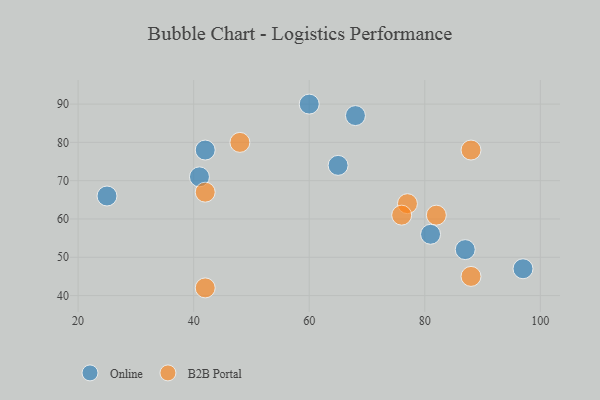
{"axis": {"x": "GDP", "y": "Life Expectancy"}, "legend": ["B2B Portal", "Online"], "data": [{"x": "65", "y": 74, "type": "Online"}, {"x": "87", "y": 52, "type": "Online"}, {"x": "25", "y": 66, "type": "Online"}, {"x": "81", "y": 56, "type": "Online"}, {"x": "41", "y": 71, "type": "Online"}, {"x": "97", "y": 47, "type": "Online"}, {"x": "42", "y": 78, "type": "Online"}, {"x": "60", "y": 90, "type": "Online"}, {"x": "68", "y": 87, "type": "Online"}, {"x": "82", "y": 61, "type": "B2B Portal"}, {"x": "88", "y": 45, "type": "B2B Portal"}, {"x": "77", "y": 64, "type": "B2B Portal"}, {"x": "42", "y": 42, "type": "B2B Portal"}, {"x": "88", "y": 78, "type": "B2B Portal"}, {"x": "76", "y": 61, "type": "B2B Portal"}, {"x": "48", "y": 80, "type": "B2B Portal"}, {"x": "42", "y": 67, "type": "B2B Portal"}]}